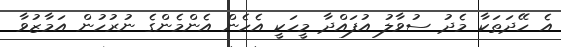
އެ ހޭދަތަކާ މެދު ސުވާލު އުފައްދާ މީހަކީ އެހެން އެންމެންގެ ނުރުހުން އަމާޒުވާ